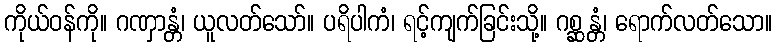
ကိုယ်ဝန်ကို။ ဂဏှာန္တံ၊ ယူလတ်သော်။ ပရိပါကံ၊ ရင့်ကျက်ခြင်းသို့။ ဂစ္ဆန္တံ၊ ရောက်လတ်သော။